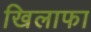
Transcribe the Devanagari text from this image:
खिलाफा